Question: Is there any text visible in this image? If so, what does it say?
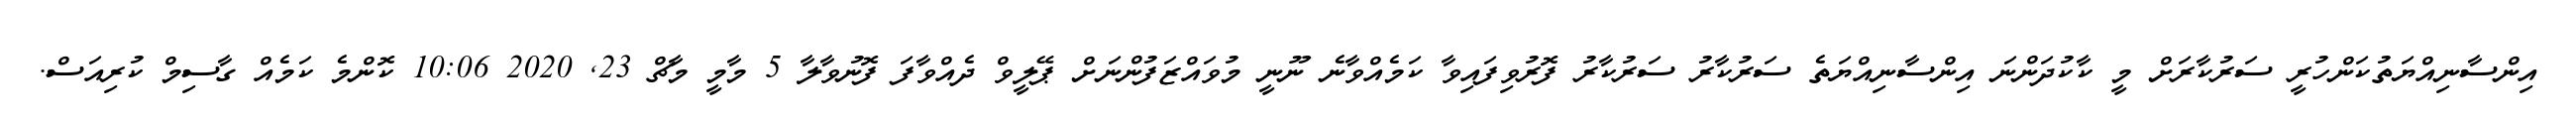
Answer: އިންސާނިއްޔަތުކަންހުރީ ސަރުކާރަށް މީ ކާކުދަންނަ އިންސާނިއްޔަތެ ސަރުކާރު ސަރުކާރު ފޮރުވިފައިވާ ކަމެއްވާނެ ނޫނީ މުވައްޒަފުންނަށް ޕޭލީވް ދެއްވާފަ ފޮނުވާލާ 5 މާމީ މާޗް 23, 2020 10:06 ކޮންމެ ކަމެއް ގާސިމް ކުރިއަސް.